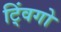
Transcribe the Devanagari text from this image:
ट्विंगो